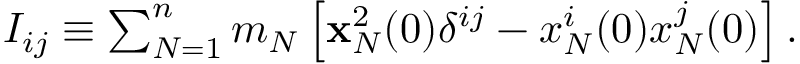
\begin{array} { r } { I _ { i j } \equiv \sum _ { N = 1 } ^ { n } m _ { N } \left[ { \bf x } _ { N } ^ { 2 } ( 0 ) \delta ^ { i j } - x _ { N } ^ { i } ( 0 ) x _ { N } ^ { j } ( 0 ) \right] . } \end{array}